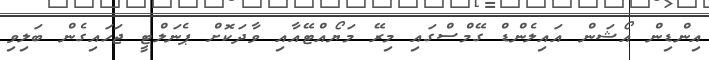
އިންޑިން އޯޝަން އައިލެންޑް ގޭމްސްގައި މިރޭ މަޔޯއްޓޭއާއި ވާދަކޮށް ޕެނަލްޓީ ޖަހައިގެން ބަލިވި